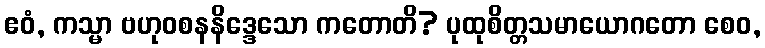
ဧဝံ, ကသ္မာ ဗဟုဝစနနိဒ္ဒေသော ကတောတိ? ပုထုစိတ္တသမာယောဂတော စေဝ,